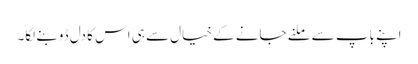
اپنے باپ سے ملنے جانے کے خیال سے ہی اس کا دل ڈوبنے لگا۔